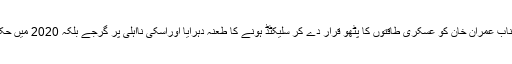
بلاول بھٹو نے ناصرف جوش خطابت میں جناب عمران خان کو عسکری طاقتوں کا پٹھو قرار دے کر سلیکٹڈ ہونے کا طعنہ دہرایا اوراسکی نااہلی پر گرجے بلکہ 2020 میں حکومت کے خاتمے کی پیشگوئی بھی کر ڈالی۔